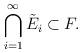
LaTeX: \begin{align*} \bigcap_{i=1}^\infty \tilde E_{i} \subset F.\end{align*}